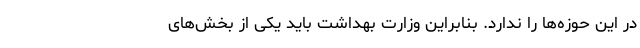
در این حوزه‌ها را ندارد. بنابراین وزارت بهداشت باید یکی از بخش‌های